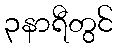
၃နာရီတွင်